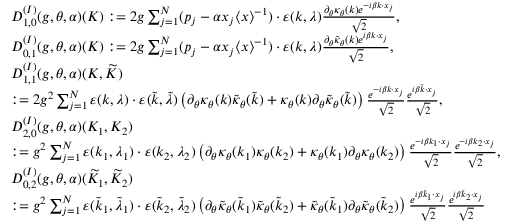
\begin{array} { r l } & { D _ { 1 , 0 } ^ { ( I ) } ( g , \theta , \alpha ) ( K ) : = 2 g \sum _ { j = 1 } ^ { N } ( p _ { j } - \alpha x _ { j } \langle x \rangle ^ { - 1 } ) \cdot \varepsilon ( k , \lambda ) \frac { \partial _ { \theta } \kappa _ { \theta } ( k ) e ^ { - i \beta k \cdot x _ { j } } } { \sqrt { 2 } } , } \\ & { D _ { 0 , 1 } ^ { ( I ) } ( g , \theta , \alpha ) ( K ) : = 2 g \sum _ { j = 1 } ^ { N } ( p _ { j } - \alpha x _ { j } \langle x \rangle ^ { - 1 } ) \cdot \varepsilon ( k , \lambda ) \frac { \partial _ { \theta } \tilde { \kappa } _ { \theta } ( k ) e ^ { i \beta k \cdot x _ { j } } } { \sqrt { 2 } } , } \\ & { D _ { 1 , 1 } ^ { ( I ) } ( g , \theta , \alpha ) ( K , \widetilde { K } ) } \\ & { : = 2 g ^ { 2 } \sum _ { j = 1 } ^ { N } \varepsilon ( k , \lambda ) \cdot \varepsilon ( \widetilde { k } , \widetilde { \lambda } ) \left( \partial _ { \theta } \kappa _ { \theta } ( k ) \tilde { \kappa } _ { \theta } ( \widetilde { k } ) + \kappa _ { \theta } ( k ) \partial _ { \theta } \tilde { \kappa } _ { \theta } ( \widetilde { k } ) \right) \frac { e ^ { - i \beta k \cdot x _ { j } } } { \sqrt { 2 } } \frac { e ^ { i \beta \widetilde { k } \cdot x _ { j } } } { \sqrt { 2 } } , } \\ & { D _ { 2 , 0 } ^ { ( I ) } ( g , \theta , \alpha ) ( K _ { 1 } , K _ { 2 } ) } \\ & { : = g ^ { 2 } \sum _ { j = 1 } ^ { N } \varepsilon ( k _ { 1 } , \lambda _ { 1 } ) \cdot \varepsilon ( { k } _ { 2 } , { \lambda } _ { 2 } ) \left( \partial _ { \theta } \kappa _ { \theta } ( k _ { 1 } ) \kappa _ { \theta } ( k _ { 2 } ) + \kappa _ { \theta } ( k _ { 1 } ) \partial _ { \theta } \kappa _ { \theta } ( k _ { 2 } ) \right) \frac { e ^ { - i \beta k _ { 1 } \cdot x _ { j } } } { \sqrt { 2 } } \frac { e ^ { - i \beta k _ { 2 } \cdot x _ { j } } } { \sqrt { 2 } } , } \\ & { D _ { 0 , 2 } ^ { ( I ) } ( g , \theta , \alpha ) ( \widetilde { K } _ { 1 } , \widetilde { K } _ { 2 } ) } \\ & { : = g ^ { 2 } \sum _ { j = 1 } ^ { N } \varepsilon ( \tilde { k } _ { 1 } , \tilde { \lambda } _ { 1 } ) \cdot \varepsilon ( \widetilde { k } _ { 2 } , \widetilde { \lambda } _ { 2 } ) \left( \partial _ { \theta } \tilde { \kappa } _ { \theta } ( \widetilde { k } _ { 1 } ) \tilde { \kappa } _ { \theta } ( \widetilde { k } _ { 2 } ) + \tilde { \kappa } _ { \theta } ( \widetilde { k } _ { 1 } ) \partial _ { \theta } \tilde { \kappa } _ { \theta } ( \widetilde { k } _ { 2 } ) \right) \frac { e ^ { i \beta \widetilde { k } _ { 1 } \cdot x _ { j } } } { \sqrt { 2 } } \frac { e ^ { i \beta \tilde { k } _ { 2 } \cdot x _ { j } } } { \sqrt { 2 } } } \end{array}